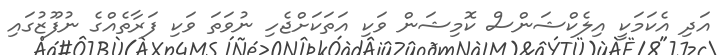
އަދި އެކަމަކީ އިލެކްޝަންސް ކޮމިޝަން ވަކި އަތަކަށްޖެހި ނުވަތަ ވަކި ފަރާތެއްގެ ނުފޫޒުގައި